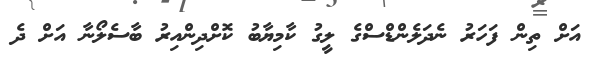
އަށް ތިން ފަހަރު ނެދަލެންޑްސްގެ ލީގު ކާމިޔާބު ކޮށްދިންއިރު ބާސެލޯނާ އަށް ދެ